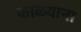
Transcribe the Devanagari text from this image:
काळ्याना